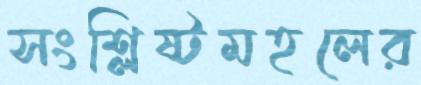
সংশ্লিষ্টমহলের